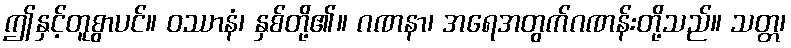
ဤနှင့်တူစွာပင်။ ဝဿာနံ၊ နှစ်တို့၏။ ဂဏနာ၊ အရေအတွက်ဂဏန်းတို့သည်။ သတ္တ၊